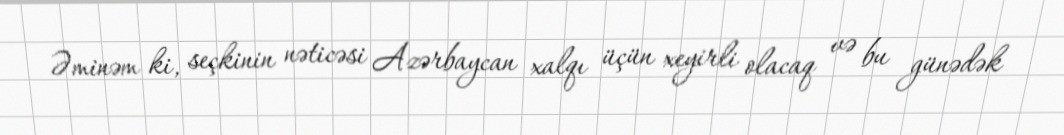
Əminəm ki, seçkinin nəticəsi Azərbaycan xalqı üçün xeyirli olacaq və bu günədək